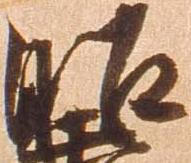
昭